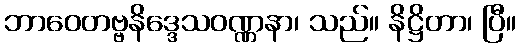
ဘာဝေတဗ္ဗနိဒ္ဒေသဝဏ္ဏနာ၊ သည်။ နိဋ္ဌိတာ၊ ပြီ။